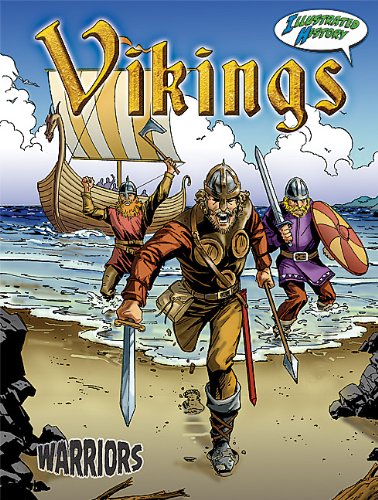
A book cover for Vikings (Warriors Graphic Illustrated); Don McLeese; Children's Books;